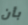
بأن